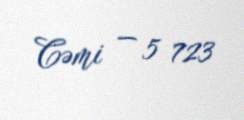
Cəmi — 5 723